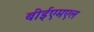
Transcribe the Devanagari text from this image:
बीईएमएल